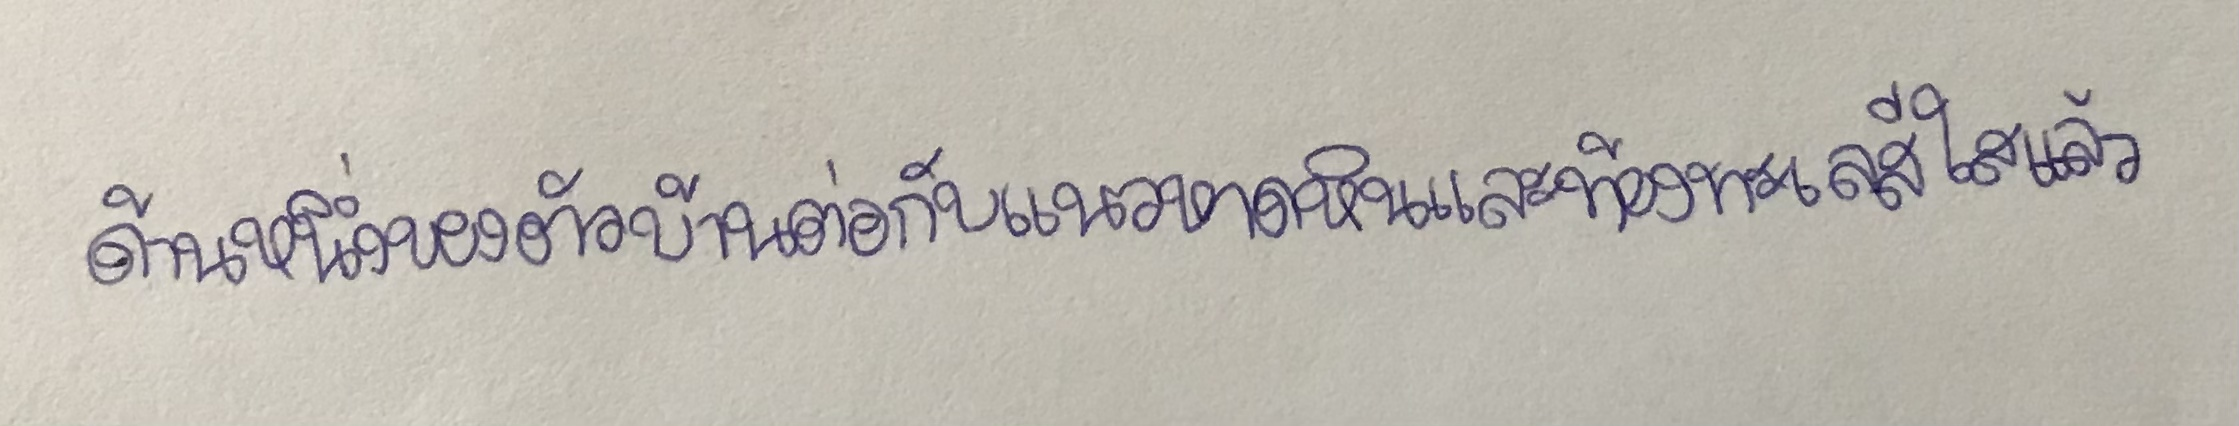
ด้านหนึ่งของตัวบ้านต่อกับแนวหาดหินและท้องทะเลสีใสแล้ว